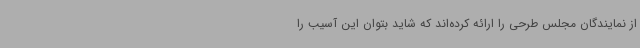
از نمایندگان مجلس طرحی را ارائه کرده‌اند که شاید بتوان این آسیب را